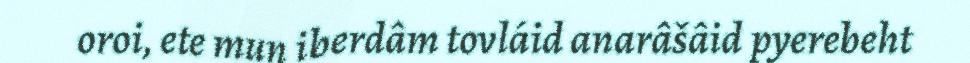
oroi, ete mun iberdâm tovláid anarâšâid pyerebeht